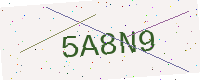
Text: 5A8N9